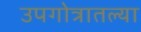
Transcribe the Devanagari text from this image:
उपगोत्रातल्या